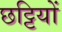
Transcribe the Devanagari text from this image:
छट्टियों